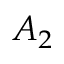
A _ { 2 }